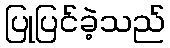
ပြုပြင်ခဲ့သည်